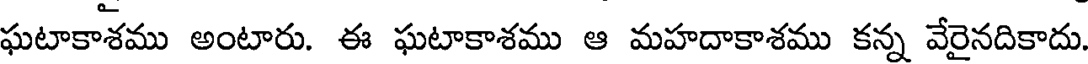
ఘటాకాశము అంటారు. ఈ ఘటాకాశము ఆ మహదాకాశము కన్న వేరైనదికాదు.